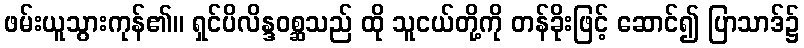
ဖမ်းယူသွားကုန်၏။ ရှင်ပိလိန္ဒဝစ္ဆသည် ထို သူငယ်တို့ကို တန်ခိုးဖြင့် ဆောင်၍ ပြာသာဒ်၌